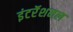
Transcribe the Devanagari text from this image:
इंटरॅशनल